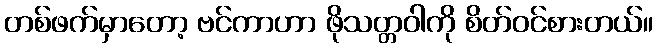
တစ်ဖက်မှာတော့ ဗင်ကာဟာ ဖိုသတ္တဝါကို စိတ်ဝင်စားတယ်။